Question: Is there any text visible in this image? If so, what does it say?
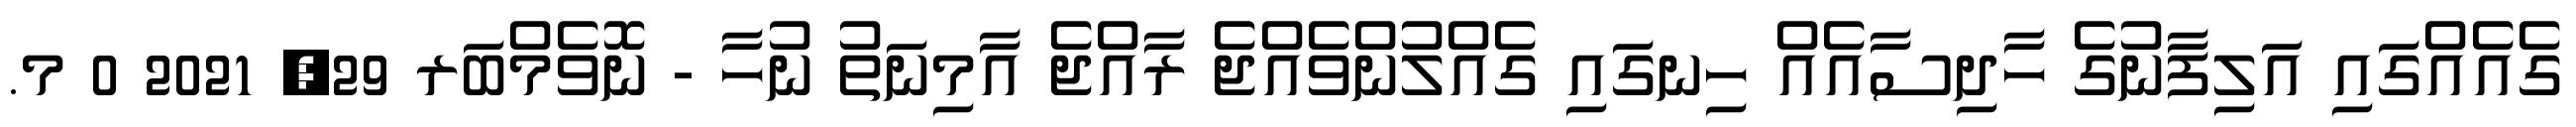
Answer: ގެއެއްގައި އަލިފާނުގެ ހާދިސާއެއް ހިނގައި ގެއްލުންވެއްޖެ ރާއްޖެ އާމިނަތު ނުހާ - ނޮވެމްބަރ 29, 2021 0 މ.